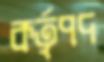
কর্তৃপদ